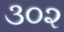
૩૦૨